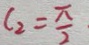
C _ { 2 } = \frac { \pi } { 2 }